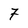
Character: 7